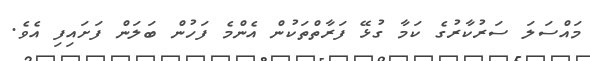
މައްސަލަ ސަރުކާރުގެ ކަމާ ގުޅޭ ފަރާތްތަކުން އެންމެ ފަހުން ބަލަން ފަށައިފި އެވެ.